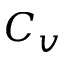
C _ { v }